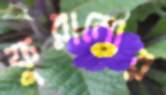
ফুরানোর